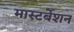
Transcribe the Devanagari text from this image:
मास्टर्बेशन